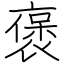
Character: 褒